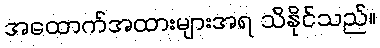
အထောက်အထားများအရ သိနိုင်သည်။